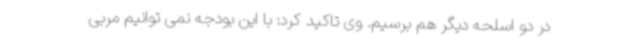
در دو اسلحه دیگر هم برسیم. وی تاکید کرد: با این بودجه نمی توانیم مربی